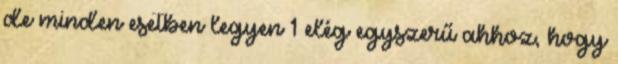
de minden esetben legyen 1 elég egyszerű ahhoz, hogy